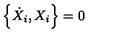
\left\{ \dot { X } _ { i } , X _ { i } \right\} = 0